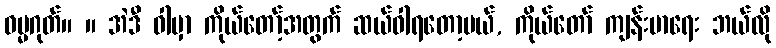
ဓမ္မဂုတ်။ ။ အဲဒီ ဝါမှာ ကိုယ်တော့်အတွက် ဆယ်ဝါရတော့မယ်, ကိုယ်တော် ကျန်းမာရေး ဘယ်လို